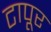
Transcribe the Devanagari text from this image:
टापूर